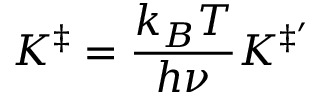
K ^ { \ddagger } = { \frac { k _ { B } T } { h \nu } } K ^ { \ddagger ^ { \prime } }